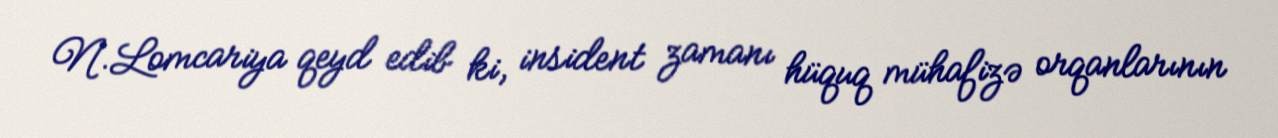
N.Lomcariya qeyd edib ki, insident zamanı hüquq mühafizə orqanlarının